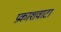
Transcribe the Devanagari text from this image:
प्रकाशवाटा